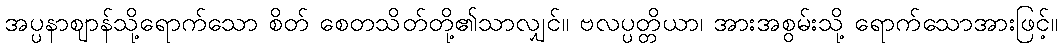
အပ္ပနာဈာန်သို့ရောက်သော စိတ် စေတသိတ်တို့၏သာလျှင်။ ဗလပ္ပတ္တိယာ၊ အားအစွမ်းသို့ ရောက်သောအားဖြင့်။